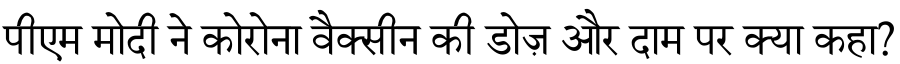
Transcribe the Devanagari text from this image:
पीएम मोदी ने कोरोना वैक्सीन की डोज़ और दाम पर क्या कहा?